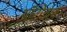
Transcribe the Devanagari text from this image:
ऑरोवल